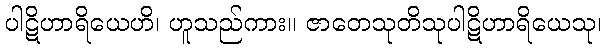
ပါဋိဟာရိယေဟိ၊ ဟူသည်ကား။ ဇာတေသုတိသုပါဋိဟာရိယေသု၊